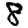
Digit: 8